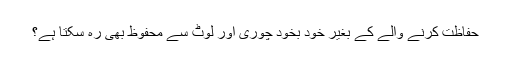
حفاظت کرنے والے کے بغیر خود بخود چوری اور لوٹ سے محفوظ بھی رہ سکتا ہے؟